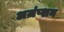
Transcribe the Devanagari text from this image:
अज़ंप्शन